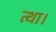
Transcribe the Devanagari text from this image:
त्था।